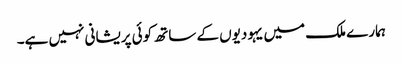
ہمارے ملک میں یہودیوں کے ساتھ کوئی پریشانی نہیں ہے۔